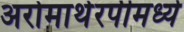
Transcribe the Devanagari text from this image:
अरोमाथेरपीमध्ये